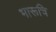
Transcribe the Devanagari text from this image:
भारूचि